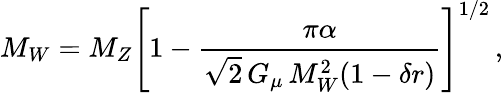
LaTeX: M_{W}=M_{Z}\left[1-{\frac{\pi\alpha}{\sqrt 2\, G_{\mu}\, M_{W}^{2}(1-\delta r)}}\right]^{1/2}\, ,